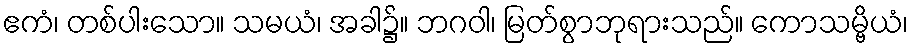
ဧကံ၊ တစ်ပါးသော။ သမယံ၊ အခါ၌။ ဘဂဝါ၊ မြတ်စွာဘုရားသည်။ ကောသမ္ဗိယံ၊